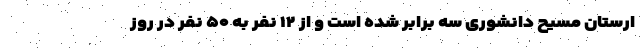
ارستان مسیح دانشوری سه برابر شده است و از ۱۲ نفر به ۵۰ نفر در روز